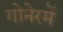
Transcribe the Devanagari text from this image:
गोनेरमें